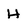
Character: H